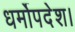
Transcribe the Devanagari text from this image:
धर्मोपदेश।